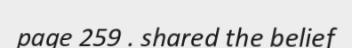
page 259 . shared the belief